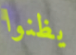
يظنوا